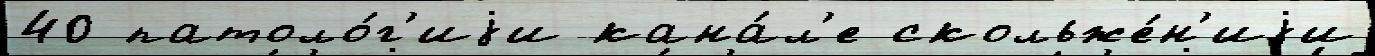
40 патоло́г'иjи кана́л'е скольже́н'иjи